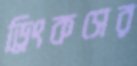
ড্রিংকসের